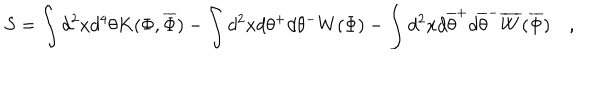
S = \int d ^ { 2 } x d ^ { 4 } \theta K ( \Phi , \overline { { { \Phi } } } ) - \int d ^ { 2 } x d \theta ^ { + } d \theta ^ { - } W ( \Phi ) - \int d ^ { 2 } x d \overline { { { \theta } } } ^ { + } d \overline { { { \theta } } } ^ { - } \overline { { { W } } } ( \overline { { { \Phi } } } ) \quad ,